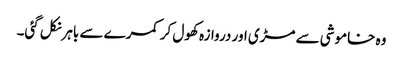
وہ خاموشی سے مڑی اور دروازہ کھول کر کمرے سے باہرنکل گئی۔